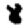
Digit: 8